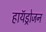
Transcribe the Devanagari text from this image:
हायॅड्रोजन